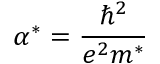
{ \alpha } ^ { * } = \frac { { \hbar } ^ { 2 } } { e ^ { 2 } m ^ { * } }